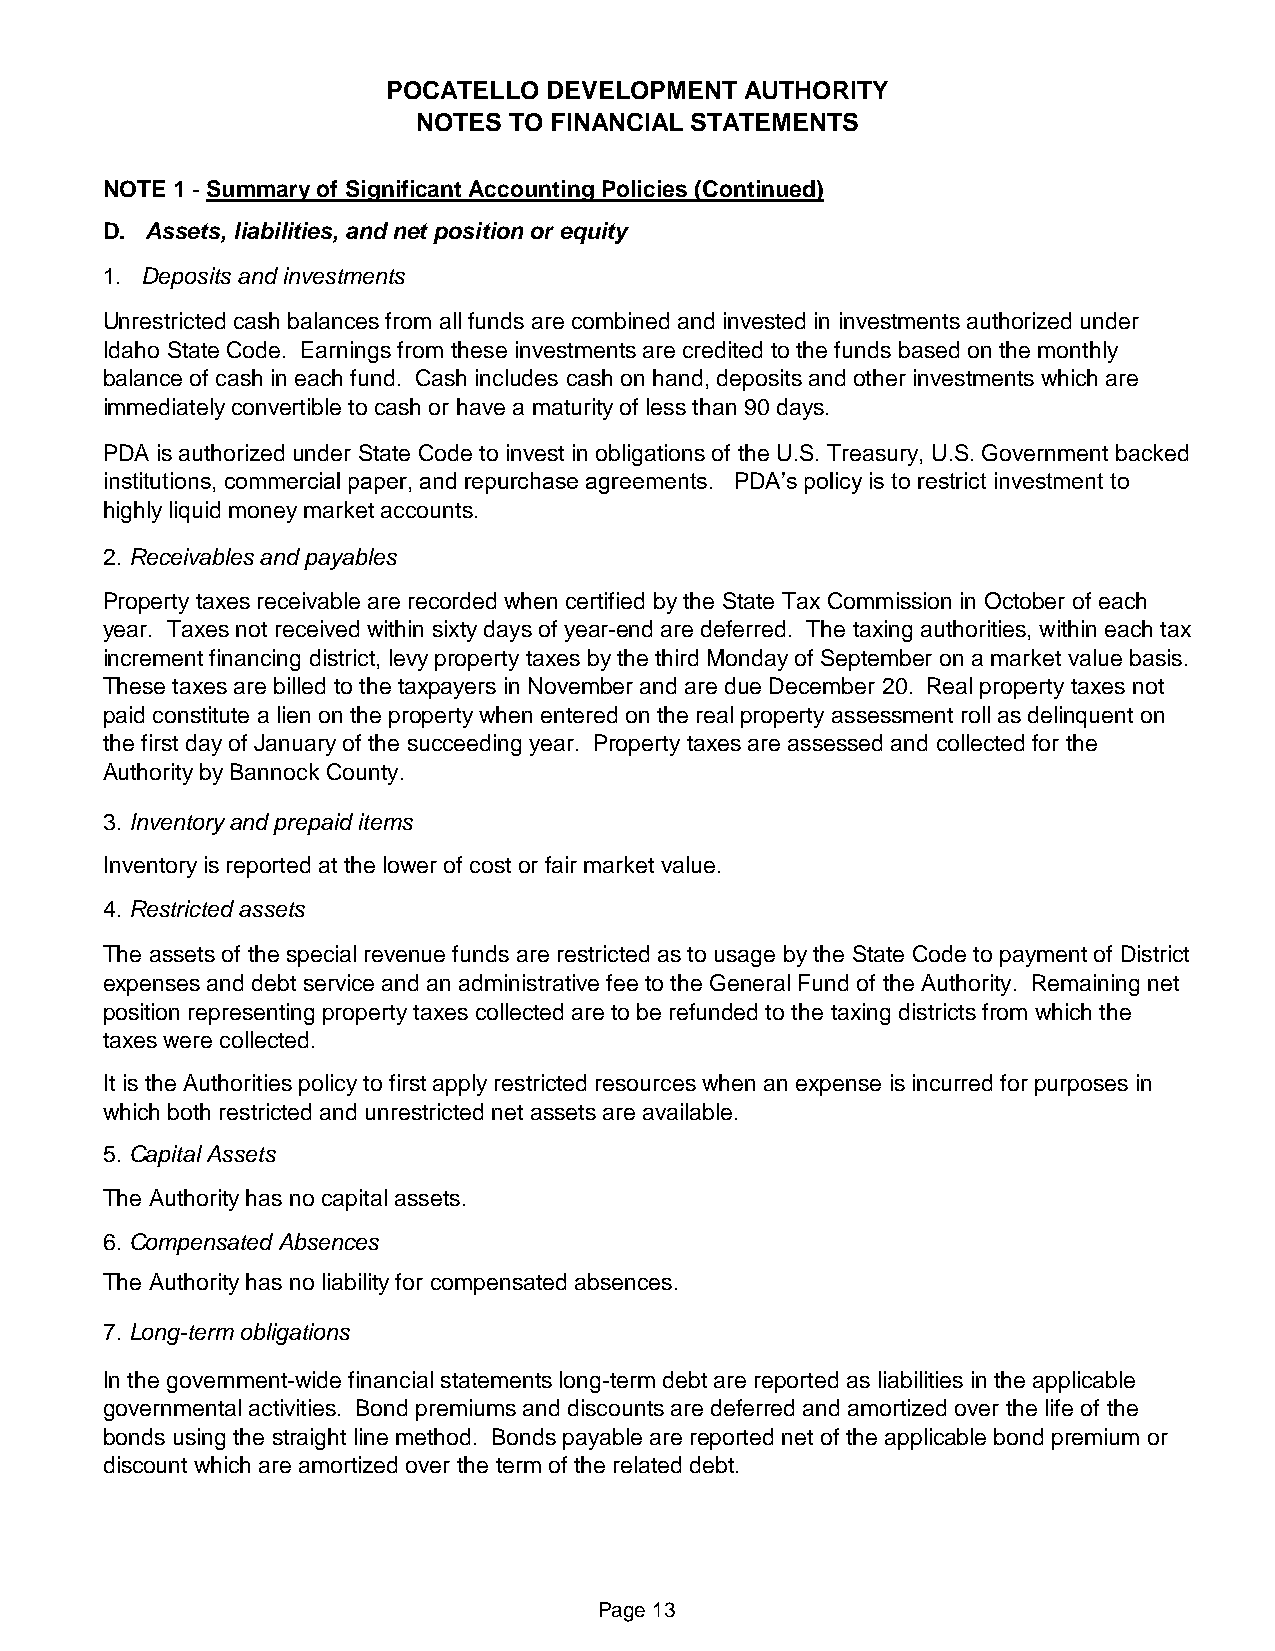
POCATELLO DEVELOPMENT  AUTHORITY
 NOTES TO FINANCIAL STATEMENTS
 NOTE 1 - Summary of Significant Accounting Policies (Continued)
 D. Assets, liabilities, and net position or equity
 1. Deposits and investments
 Unrestricted cash balances from all funds are combined and invested in investments authorized under
 Idaho State Code. Earnings from these investments are credited to the funds based on the monthly
 balance of cash in each fund. Cash includes cash on hand, deposits and other investments which are
 immediately convertible to cash or have a maturity of less than 90 days.
 PDA is authorized under State Code to invest in obligations of the U.S. Treasury, U.S. Government backed
 institutions, commercial paper, and repurchase agreements. PDA’s policy is to restrict investment to
 highly liquid money market accounts.
 2. Receivables and payables
 Property taxes receivable are recorded when certified by the State Tax Commission in October of each
 year. Taxes not received within sixty days of year-end are deferred. The taxing authorities, within each tax
 increment financing district, levy property taxes by the third Monday of September on a market value basis.
 These taxes are billed to the taxpayers in November and are due December 20. Real property taxes not
 paid constitute a lien on the property when entered on the real property assessment roll as delinquent on
 the first day of January of the succeeding year. Property taxes are assessed and collected for the
 Authority by Bannock County.
 3. Inventory and prepaid items
 Inventory is reported at the lower of cost or fair market value.
 4. Restricted assets
 The assets of the special revenue funds are restricted as to usage by the State Code to payment of District
 expenses and debt service and an administrative fee to the General Fund of the Authority. Remaining net
 position representing property taxes collected are to be refunded to the taxing districts from which the
 taxes were collected.
 It is the Authorities policy to first apply restricted resources when an expense is incurred for purposes in
 which both restricted and unrestricted net assets are available.
 5. Capital Assets
 The Authority has no capital assets.
 6. Compensated Absences
 The Authority has no liability for compensated absences.
 7. Long-term obligations
 In the government-wide financial statements long-term debt are reported as liabilities in the applicable
 governmental activities. Bond premiums and discounts are deferred and amortized over the life of the
 bonds using the straight line method. Bonds payable are reported net of the applicable bond premium or
 discount which are amortized over the term of the related debt.
 Page 13